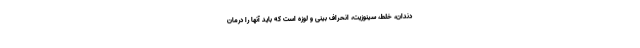
دندان، خلط، سینوزیت، انحراف بینی و لوزه است که باید آنها را درمان